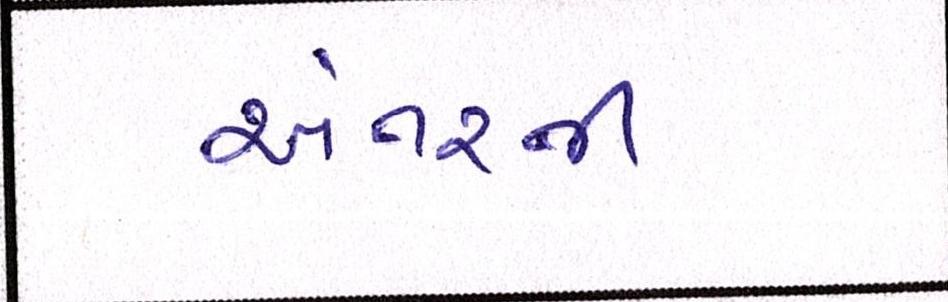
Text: અંતરની